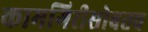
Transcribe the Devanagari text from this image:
कामगिरीसोबतच